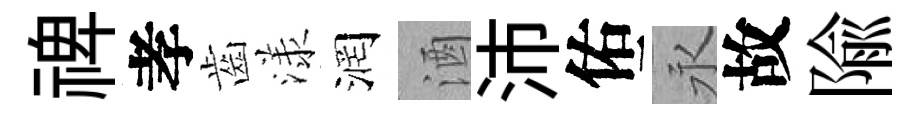
禆孝齒漾润酒沛佑永故隃